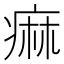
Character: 痲